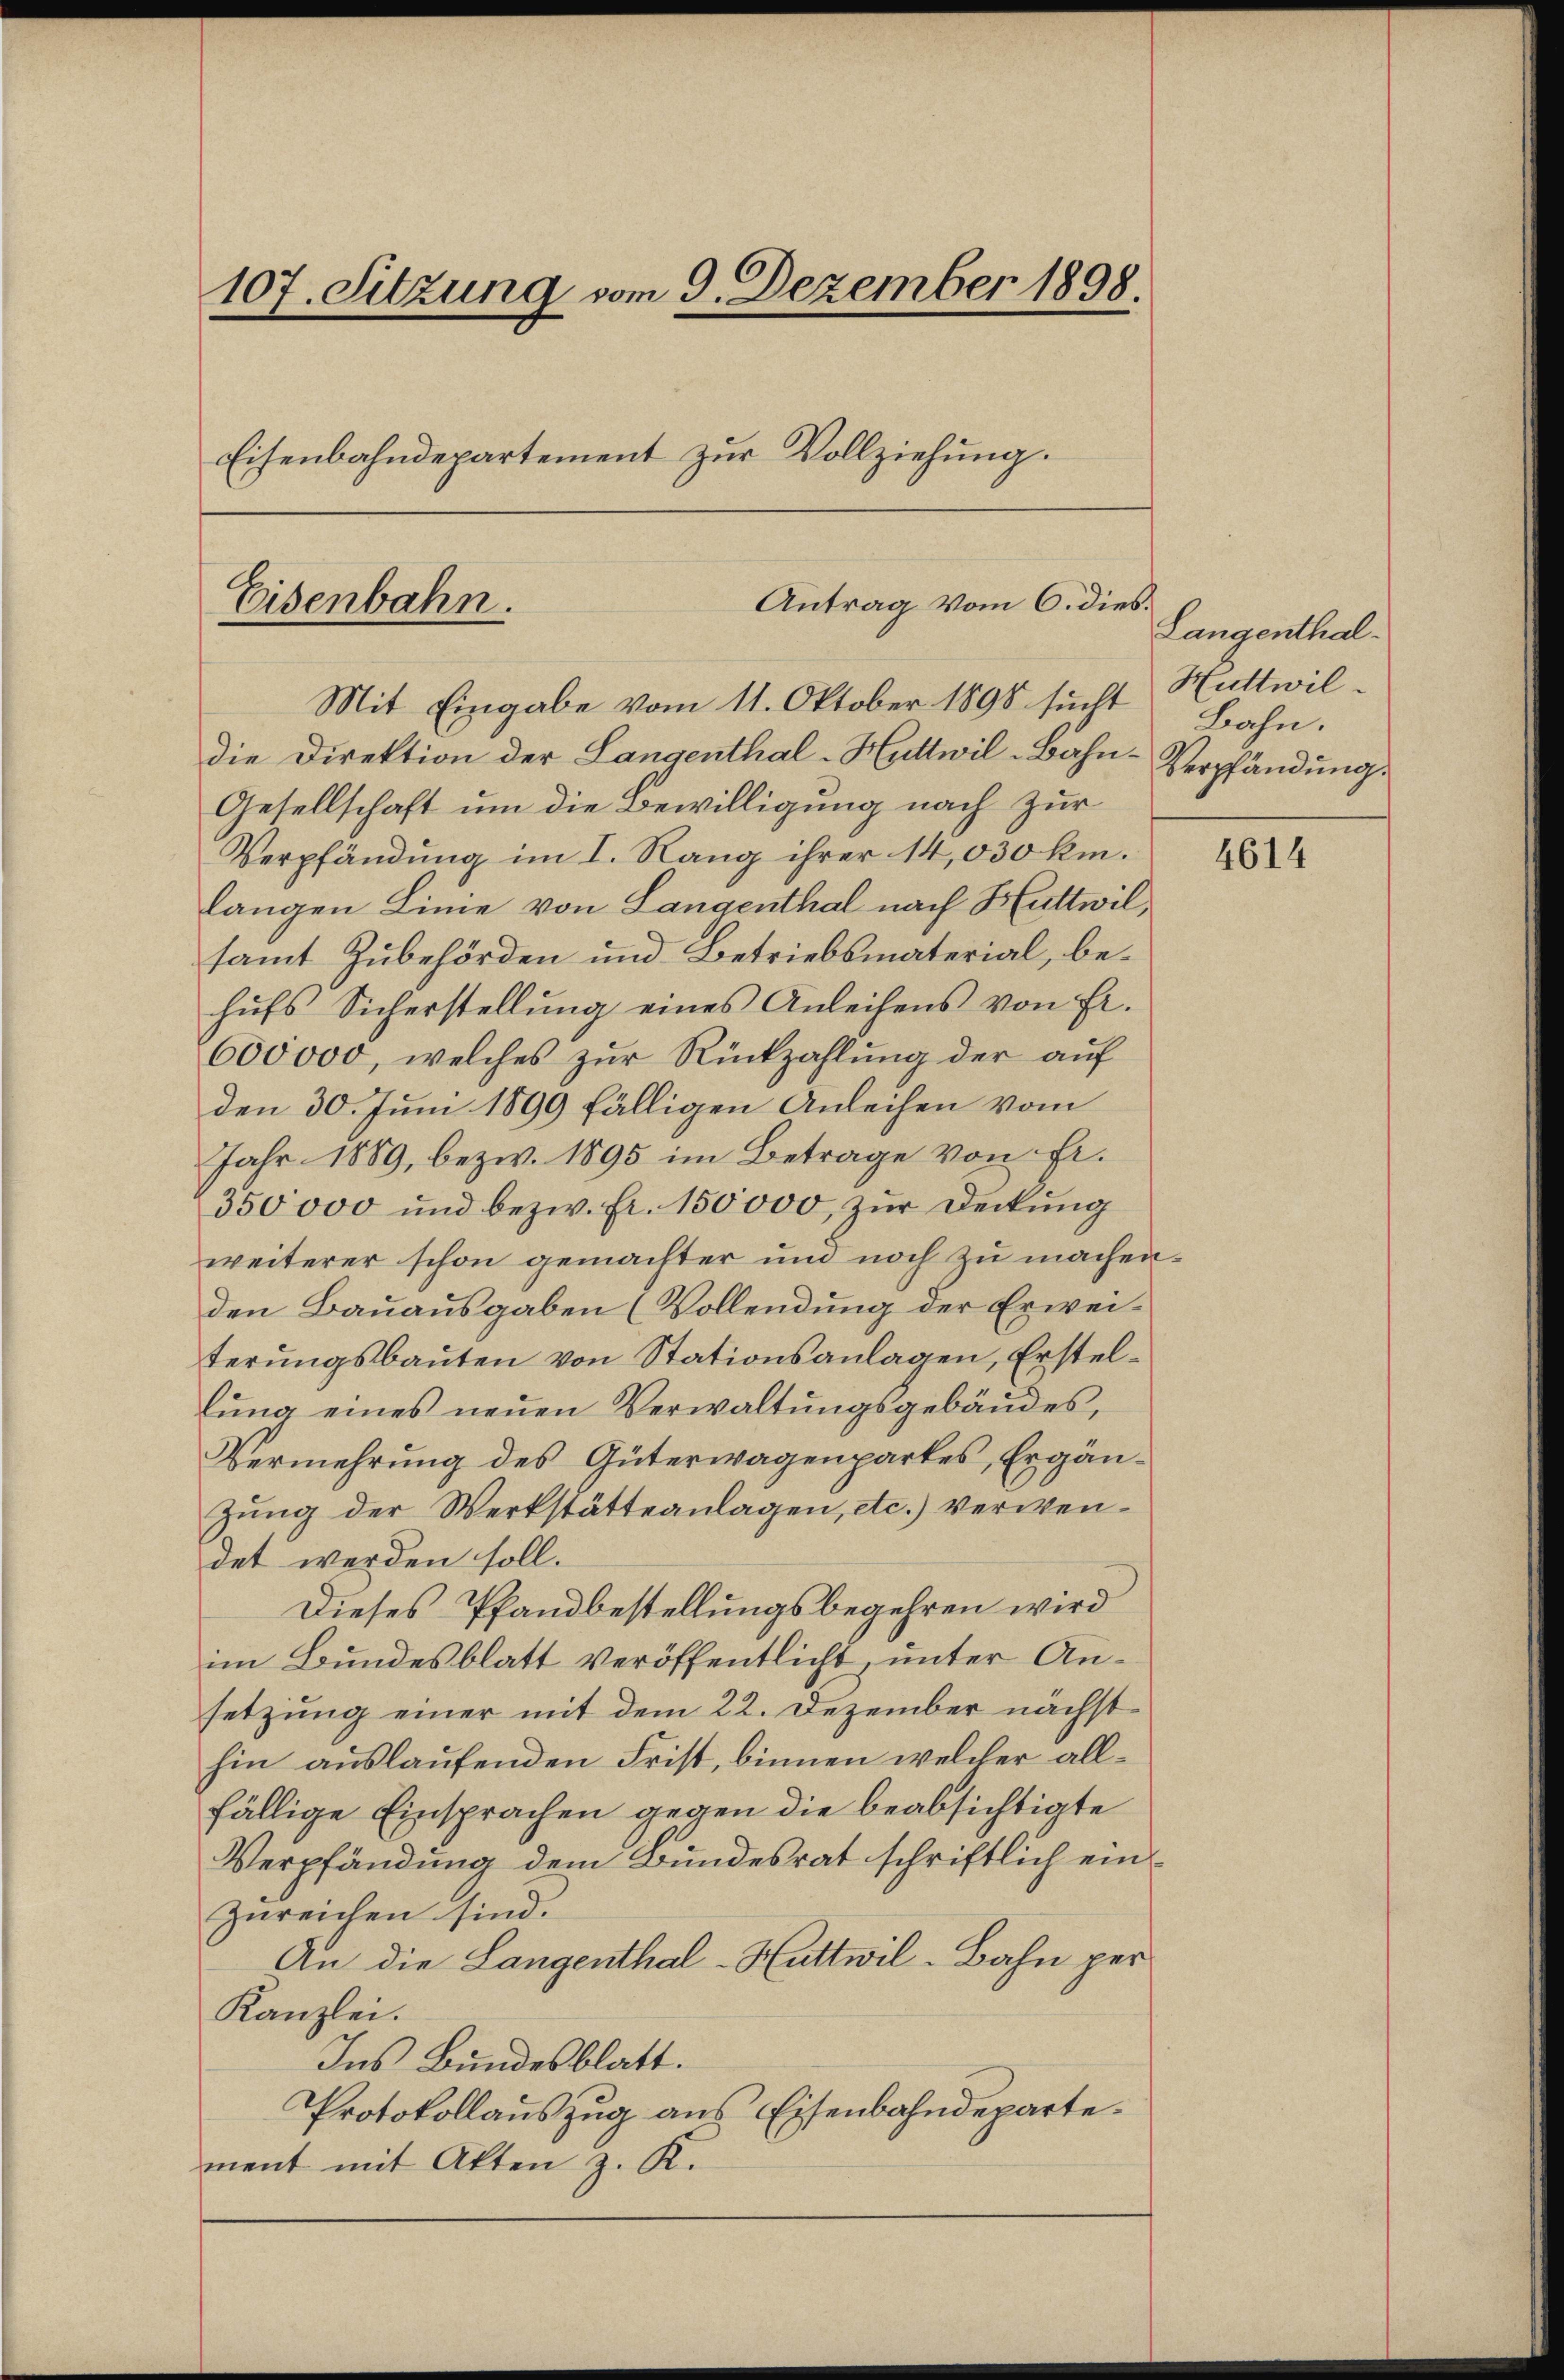
107. Sitzung vom 9. Dezember 1898.
Eisenbahndepartement zur Vollziehung.

Antrag vom 6. dies.
Eisenbahn.
Mit Eingabe vom 11. Oktober 1898 sucht

die Direktion der Langenthal-Huttwil-Bahn¬
Gesellschaft um die Bewilligung nach zur
Verpfändung im I. Rang ihrer 14,030 km.
langen Linie von Langenthal nach Huttwil,
samt Zubehörden und Betriebsmaterial, behufs Sicherstellung eines Anleihens von Fr.
600000, welches zur Rückzahlung der auf
den 30. Juni 1899 fälligen Anleihen vom
Jahr 1889, bezw. 1895 im Betrage von Fr.
350000 und bezw. Fr. 150,000, zur Deckung
weiterer schon gemachter und noch zu machenden Bauausgaben (Vollendung der Erweiterungsbauten von Stationsanlagen, Erstellŭng eines neŭen Verwaltŭngsgebäudes,
Vermehrung des Güterwagenpartes, Ergänzung der Werkstätteanlagen, etc.) Verwendet werden soll.
Dieses Pfandbestellungsbegehren wird
im Bundesblatt veröffentlicht, unter Ansetzung einer mit dem 22. Dezember nächst
hin auslaufenden Frist, binnen welcher allfällige Einsprachen gegen die beabsichtigte
Verpfändung dem Bundesrat schriftlich einzureichen sind.
An die Langenthal-Huttwil-Bahn per
Kanzlei.
Ins Bundesblatt.
Protokollauszug aus Eisenbahndepartement mit Akten z. K.

Langenthal¬
Huttwil
Bahn.
Verpfändung.

4614